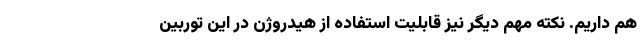
هم داریم. نکته مهم دیگر نیز قابلیت استفاده از هیدروژن در این توربین